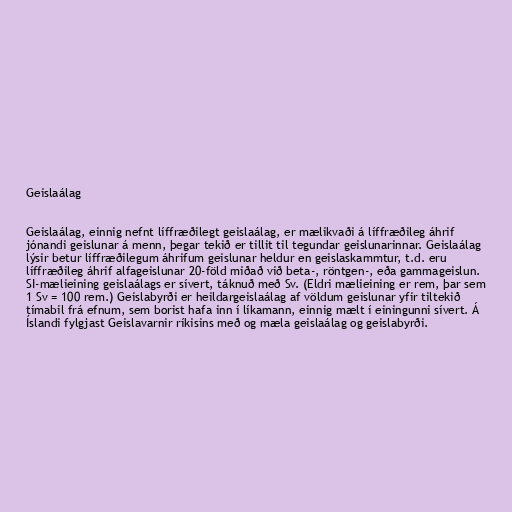
Geislaálag

Geislaálag, einnig nefnt líffræðilegt geislaálag, er mælikvaði á líffræðileg áhrif
jónandi geislunar á menn, þegar tekið er tillit til tegundar geislunarinnar. Geislaálag
lýsir betur líffræðilegum áhrifum geislunar heldur en geislaskammtur, t.d. eru
líffræðileg áhrif alfageislunar 20-föld miðað við beta-, röntgen-, eða gammageislun.
SI-mælieining geislaálags er sívert, táknuð með Sv. (Eldri mælieining er rem, þar sem
1 Sv = 100 rem.) Geislabyrði er heildargeislaálag af völdum geislunar yfir tiltekið
tímabil frá efnum, sem borist hafa inn í líkamann, einnig mælt í einingunni sívert. Á
Íslandi fylgjast Geislavarnir ríkisins með og mæla geislaálag og geislabyrði.